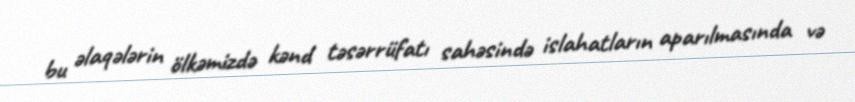
bu əlaqələrin ölkəmizdə kənd təsərrüfatı sahəsində islahatların aparılmasında və